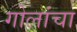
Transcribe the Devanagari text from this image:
गोलांचा